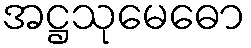
အဋ္ဌသုမေဓော